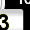
Digit: 3